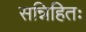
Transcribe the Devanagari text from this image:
सन्निहितः